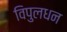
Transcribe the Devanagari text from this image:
विपुलधन